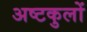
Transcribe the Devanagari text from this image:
अष्टकुलों